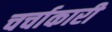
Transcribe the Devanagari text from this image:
चर्चाकारी